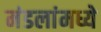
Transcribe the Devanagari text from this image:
मंडलांमध्ये